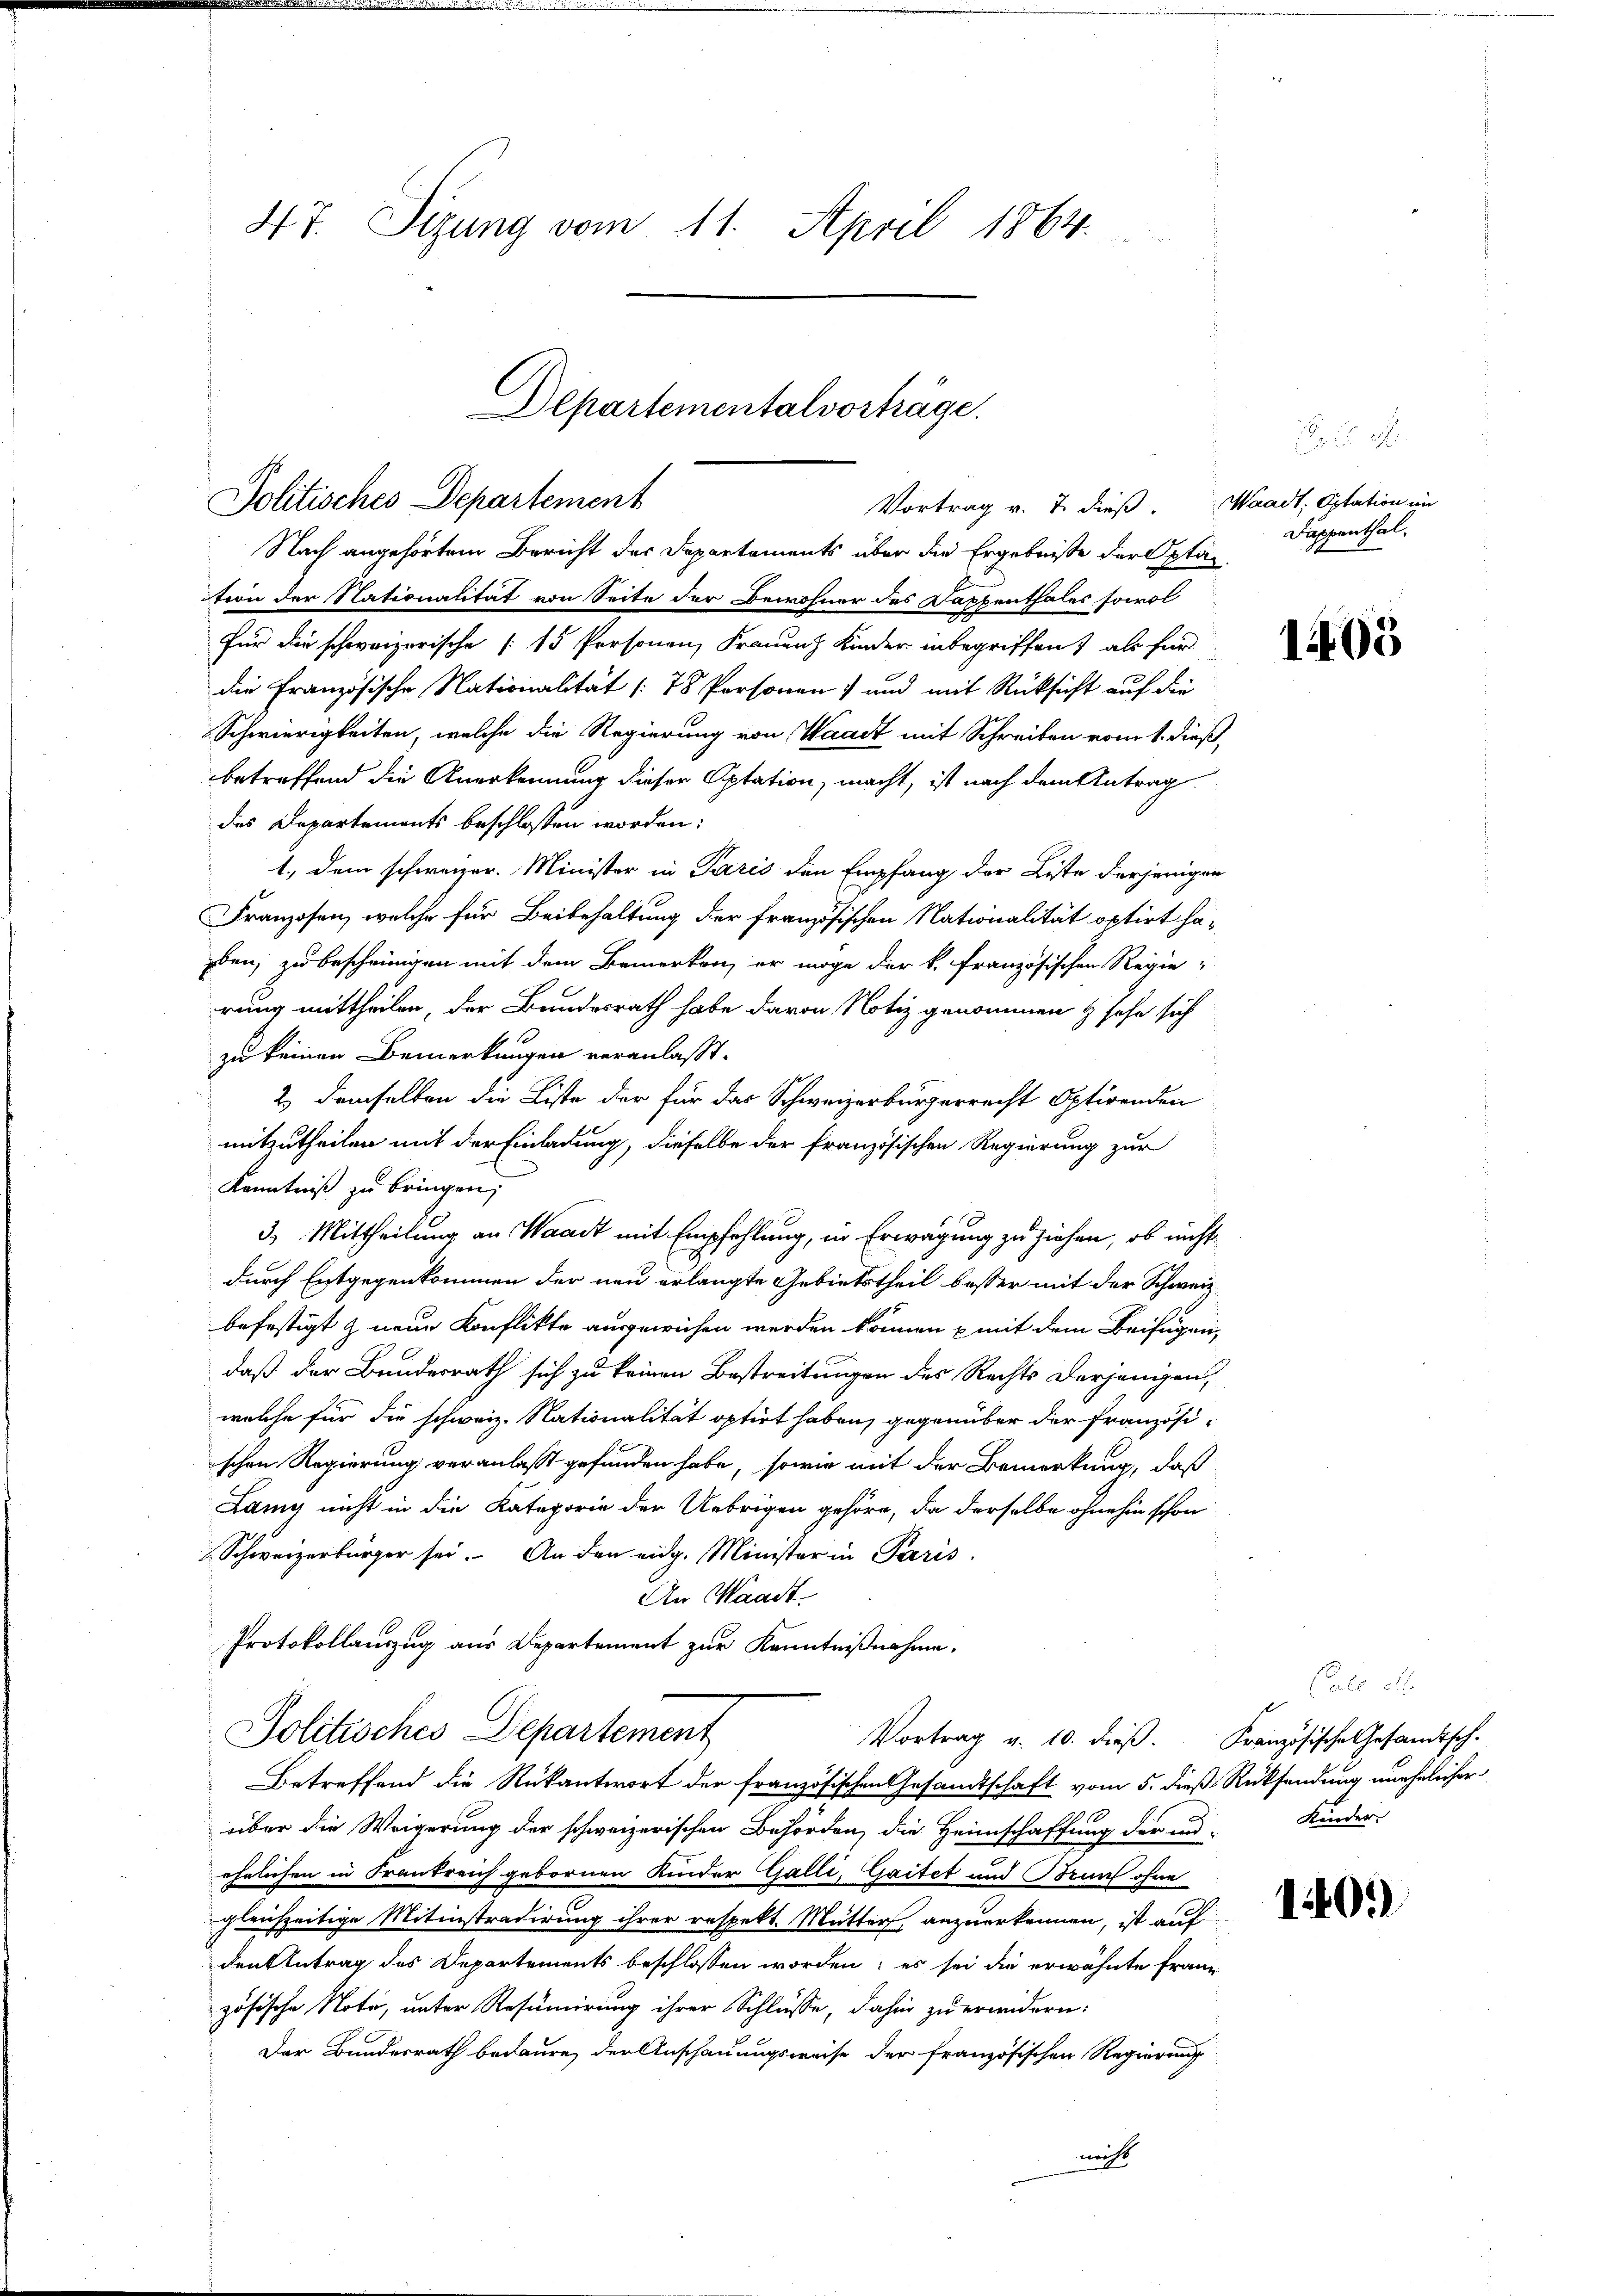
47. Sitzung vom 11. April 1864.

Departementalvorträge.
Politisches Departement
Vortrag v. 7. dieß. Waadt; Optation im

Nach angehörtem Bericht der Departaments über die Ergebnisse der Optan
tion der Nationalität von Seite der Bewohner des Kappenthales sowol
für die schweizerische [15 Personen, Frauenz Kinder inbegriffen) als für
die Französische Nationalität (78 Personen) und mit Rücksicht auf die
Schwierigkeiten, welche die Regierung von Waadt mit Schreiben vom 1. dieß,
betreffend die Anerkennung dieser Aptation, macht, ist nach dem Antrag
das Departements beschlossen worden:
1., dem schweizer. Minister in Paris den Empfang der Liste derjenigen
Franzosen, welche für Beibehaltung der französischen Nationalität optirt haben, zu bescheinigen mit dem Bemerken, er möge der k. Französischen Regie-
rung mittheilen, der Bundesrath habe davon Notiz genommen & sehe sich
zu keinen Bemerkungen veranlaßt.
2.) demselben die Liste der für das Schweizerbürgerrecht Optirenden
mitzutheilen mit der Einladung, dieselbe der französischen Regierung zur
Kenntniß zu bringen;
3) Mittheilung an Waadt mit Empfehlung, in Erwägung zu ziehen, ob nicht
durch Entgegenkommen der neu erlangte Gebietstheil besser mit der Schweiz
befestigt & neue Konflikte ausgewiesen werden können mit dem Beifügen,
daß der Bundesrath sich zu keinen Bestreitungen des Rechts derjenigen,
welche für die schweiz. Nationalität optirt haben, gegenüber der französischen Regierung veranlasst gefunden habe, sowie mit der Bemerkung, daß
Lany nicht in die Kategorie der Uebrigen gehöre, da derselbe ohnehin schon
Schweizerbürger sei. An den eidg. Minister in Paris
An Waadt-
Protokollauszug aus Departement zur Kenntnißnahme.
Politisches Departement
Vortrag v. 10. dieß. Französische Gesandtsch.
Betreffend die Rükantwort der französischen Gesandtschaft vom 5. dieß Rücksendung unehelicher
über die Weigerung der schweizerischen Behörden, die Heimschaffung der und Kinder
ehelichen in Frankreich gebornen Kinder Galli, Gaitet und Brunf ohne
gleichzeitige Mitinstradirung ihrer respekt. Mutter, anzuerkennen, ist auf
den Antrag des Departements beschlossen worden; es sei die erwähnte Französische Note, unter Resumirung ihrer Schlüsse, dahin zu erwidern:
Der Bundesrath bedaure, der Anschauungsweise der französischen Regierung
nicht

Hir
Dappenthal.

1405

Calo S

140.)